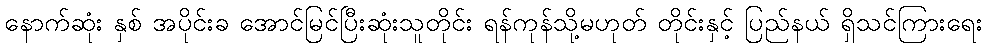
နောက်ဆုံး နှစ် အပိုင်းခ အောင်မြင်ပြီးဆုံးသူတိုင်း ရန်ကုန်သို့မဟုတ် တိုင်းနှင့် ပြည်နယ် ရှိသင်ကြားရေး